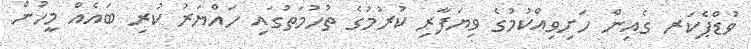
ވުޑްޕެކަރ ގެއިން ހަށިވިއްކުމުގެ ވިޔަފާރި ކުރުމުގެ ތުހުމަތުގައި ހައްޔަރު ކުރި ބައެއް މީހުން